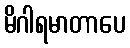
မိဂါရမာတာပေ